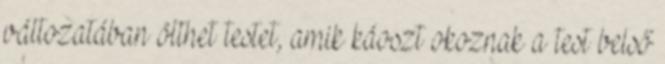
változatában ölthet testet, amik káoszt okoznak a test belső